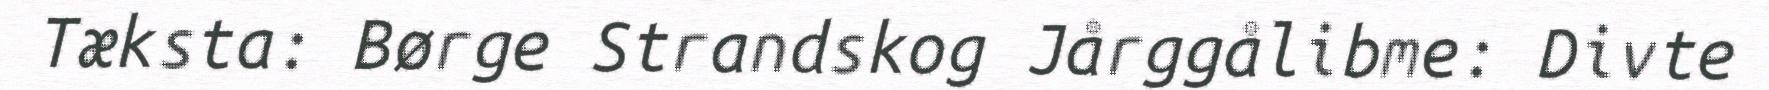
Tæksta: Børge Strandskog Jårggålibme: Divte